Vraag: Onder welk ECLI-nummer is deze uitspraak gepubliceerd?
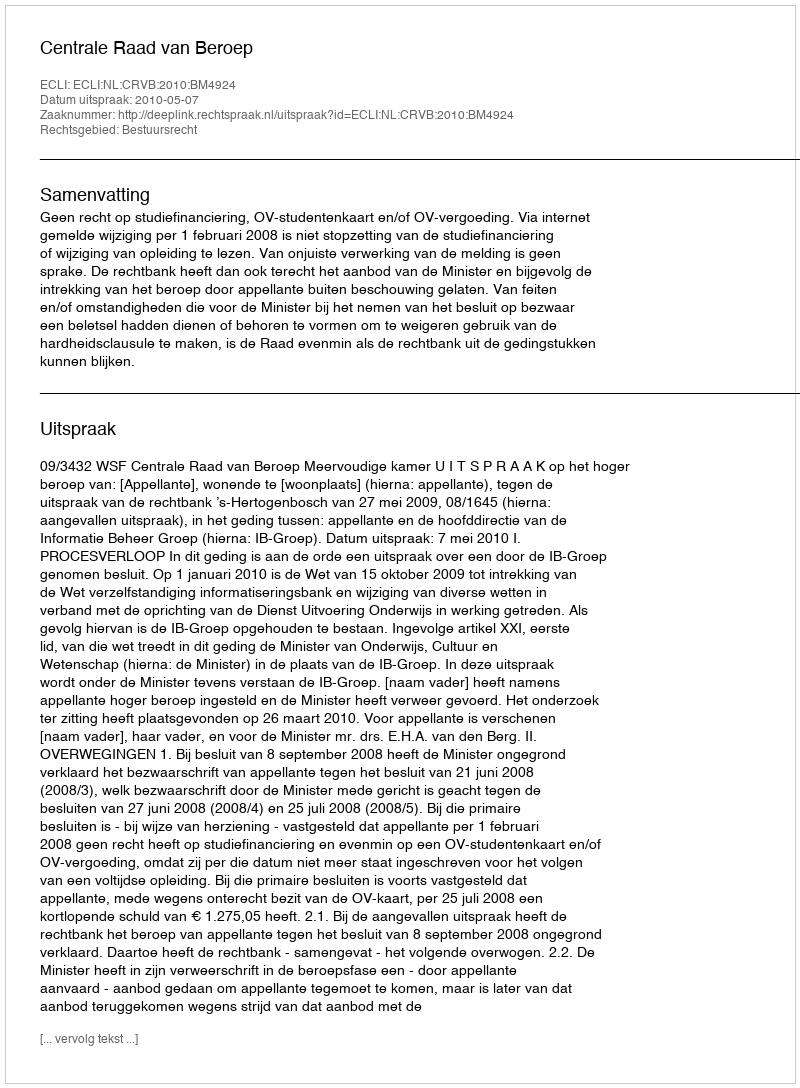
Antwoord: ECLI:NL:CRVB:2010:BM4924